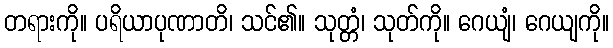
တရားကို။ ပရိယာပုဏာတိ၊ သင်၏။ သုတ္တံ၊ သုတ်ကို။ ဂေယျံ၊ ဂေယျကို။